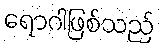
ရောဂါဖြစ်သည်